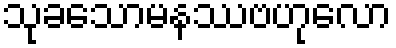
သုခသောမနဿဗဟုလော